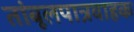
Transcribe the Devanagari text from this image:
तांबूलपात्रवाहक